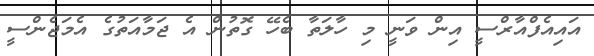
އައިއެފްއާރްސީ އިން ވަނީ މި ހާލަތާ ބެހޭ ގޮތުން އެ ޖަމާއަތުގެ އެމަޖެންސީ